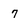
Character: 7